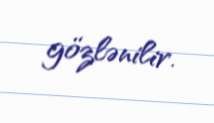
gözlənilir.